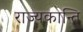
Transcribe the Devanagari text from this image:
राज्यकान्ति